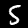
Label: 5